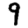
Digit: 9